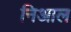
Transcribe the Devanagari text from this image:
निआल